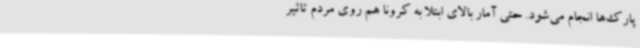
پارک‌ها انجام می‌شود. حتی آمار بالای ابتلا به کرونا هم روی مردم تاثیر